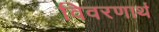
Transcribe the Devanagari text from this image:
विवरणार्थ